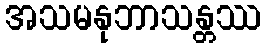
အသမနုဘာသန္တဿ